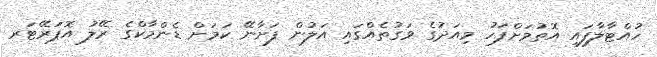
ހުއްޓާލާފައި އޮތުމަށްފަހު މިއަދުގެ ވަގުތެއްގައި އަލުން ފަށާނޭ ކަމަށް ޑެންމާކްގެ ރޭލު އޮޕަރޭޓަރ